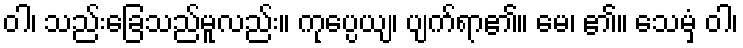
ဝါ၊ သည်းခြေသည်မူလည်း။ ကုပ္ပေယျ၊ ပျက်ရာ၏။ မေ၊ ၏။ သေမှံ ဝါ၊